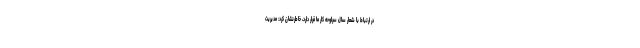
در ارتباط با شعار سال سرلوحه کار ما قرار دارد، خاطرنشان کرد: مدیریت